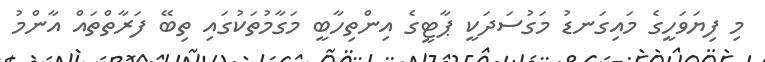
މި ފިޔަވަހީގެ މައިގަނޑު މަގުސަދަކީ ޕާޓީގެ އިންތިހާބީ މަގާމުތަކުގައި ތިބޭ ފަރާތްތައް އާންމު